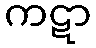
ကဋာ